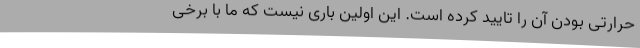
حرارتی بودن آن را تایید کرده است. این اولین باری نیست که ما با برخی